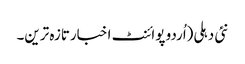
نئی دہلی(اُردو پوائنٹ اخبارتازہ ترین۔